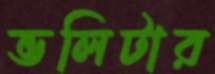
ভলিটার